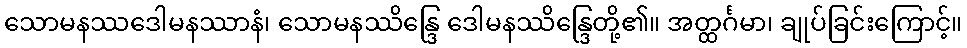
သောမနဿဒေါမနဿာနံ၊ သောမနဿိန္ဒြေ ဒေါမနဿိန္ဒြေတို့၏။ အတ္ထင်္ဂမာ၊ ချုပ်ခြင်းကြောင့်။